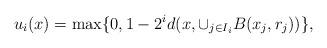
LaTeX: \begin{align*}u_i(x)=\max\{0,1-2^id(x,\cup_{j\in I_i}B(x_j,r_j))\},\end{align*}